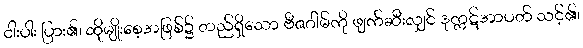
ငါးပါး ပြား၏၊ ထိုမျိုးစေ့အဖြစ်၌ တည်ရှိသော ဗီဇဂါမ်ကို ဖျက်ဆီးလျှင် ဒုက္ကဋ်အာပတ် သင့်၏၊